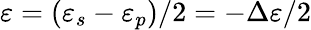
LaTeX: \varepsilon=(\varepsilon_{s}-\varepsilon_{p})/2=-\Delta\varepsilon/2